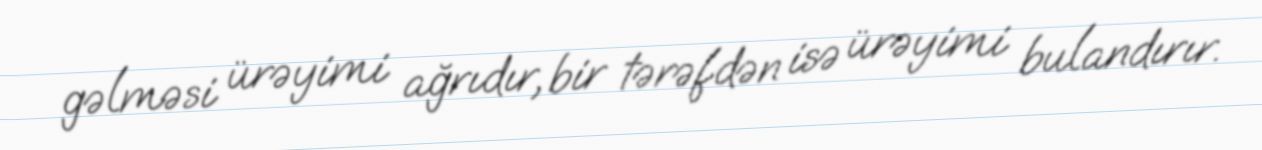
gəlməsi ürəyimi ağrıdır, bir tərəfdən isə ürəyimi bulandırır.